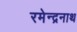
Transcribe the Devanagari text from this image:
रमेन्द्रनाथ